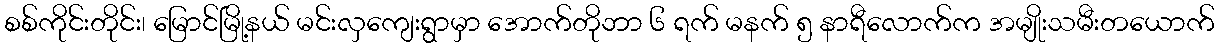
စစ်ကိုင်းတိုင်း၊ မြောင်မြို့နယ် မင်းလှကျေးရွာမှာ အောက်တိုဘာ ၆ ရက် မနက် ၅ နာရီလောက်က အမျိုးသမီးတယောက်